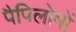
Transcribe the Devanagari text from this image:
पैपिलोमों